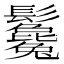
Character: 𩰃